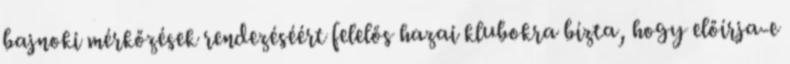
bajnoki mérkőzések rendezéséért felelős hazai klubokra bízta, hogy előírja-e